Martna_vallavalitsus, lk 9
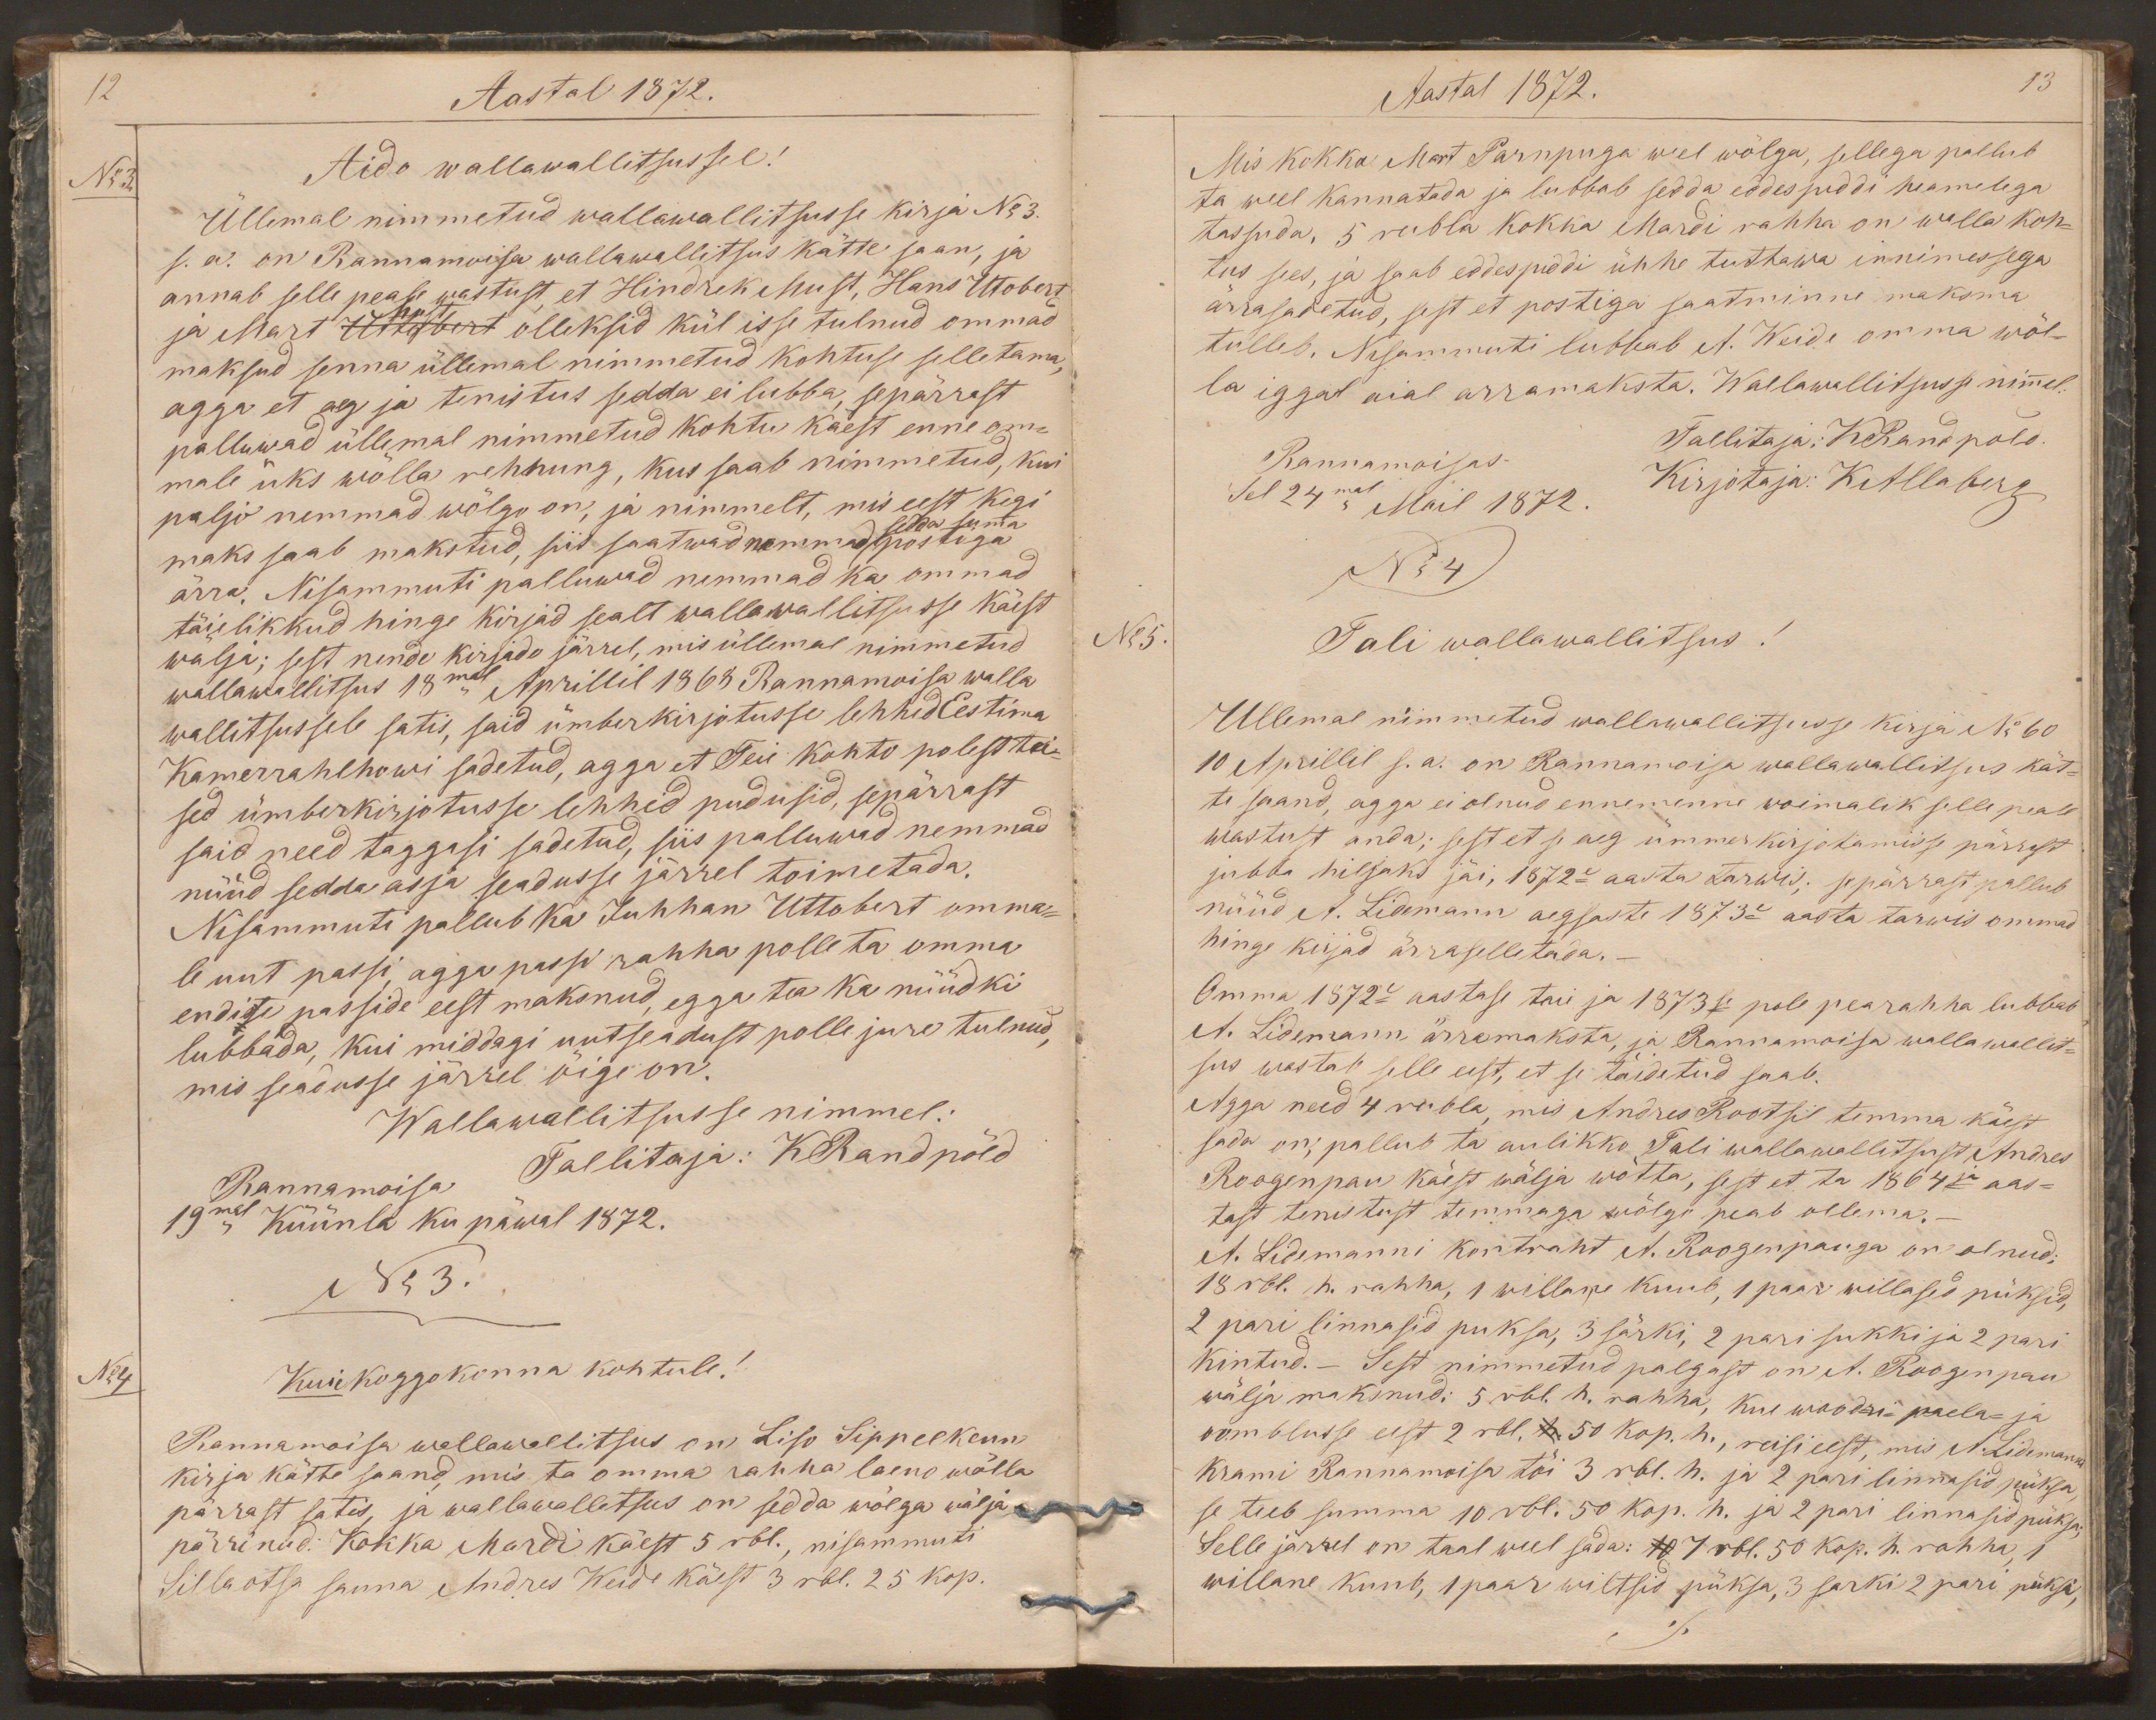
12
Aastal 1872.
No3.
Aido wallawallitsussel!
Üllemal nimmetud wallawallitsusse kirja No 3.
s.a. on Rannamoisa wallawallitsus kätte saan, ja
annab selle peale wastust, et Hindrek Must, Hans Utobert
Must
ja Mart Uttobert olleksid kül isse tulnud ommad
maksud senna üllemal nimmetud kohtuse selletama,
agga et aeg ja tenistus sedda ei lubba, sepärrast
palluwad üllemal nimmetud kohtu käest enne om-
male üks wõlla rehnung, kus saab nimmetud, kui
paljo nemmad wõlgo on, ja nimmelt, mis eest kegi
maks saab makstud, siis saatwad nemmad sedda summa postiga
ärra. Nisammuti palluwad nemmad ka ommad
täielikkud hinge kirjad sealt wallawallitsusse käest
wälja; sest nende kirjade järrel, mis üllemal nimmetud
wallawallitsus 18mal Aprillil 1868 Rannamoisa walla
wallitsussele satis, said ümberkirjutusse lehhedEestima
Kamerrahlhowi sadetud, agga et Teie kohto polest tei-
sed ümberkirjotusse lehhid pudusid, sepärrast
said need taggasi sadetud, siis palluwad nemmad
nüüd sedda asja seadusse järrel toimetada.
Nisammuti pallub ka Juhhan Uttobert omma-
le uut passi, agga passi rahha polle ta omma
endise passide eest maksnud, egga tea ka nüüdki
lubbada, kui middagi uutseadust polle jure tulnud,
mis seadusse järrel õige on.
Wallawallitsusse nimmel:
Rannamoisa
Tallitaja: KRandpõld
19mal Küünla ku päwal 1872.
No 3.
No 4
Kuie koggokonna kohtule!
Rannamoisa wallawallitsus on Liso Sippelkenn
kirja kätte saand, mis ta omma rahha laeno wõlla
pärrast satis, ja wallawallitsus on sedda wõlga wälja
pärrinud: Kokka Mardi käest 5 rbl., nisammuti
Silla otsa sauna Andres Weide käest 3 rbl. 25 kop.

Aastal 1872.
13
Mis Kokka Mart Parnpuga weel wõlga, sellega pallub
ta weel kannatada ja lubbab sedda eddespiddi heamelega
tassuda, 5 rubla Kokka Mardi rahha on walla koh-
tus sees, ja saab eddespiddi ühhe tuttawa innimessega
ärrasadetud, sest et postiga saatminne maksma
tulleb. Nisammuti lubbab A. Weide omma wõl-
la iggal aial arramaksta. Wallawallitsusse nimmel:
Rannamoisas
Tallitaja: KRandpold.
Sel 24mal Mail 1872.
Kirjotaja: KAllaberg
No 4
No 5.
Tali wallawallitsus!
Ullemal nimmetud wallawallitsusse kirja No 60
10 Aprillil s. a. on Rannamoisa wallawallitsus kät-
te saand, agga ei olnud ennemenne woimalik selle peale
wastust anda; sest et se aeg ümmerkirjotamisse pärrast
jubba hiljaks jäi, 1872e aasta tarwis; sepärrast pallub
nüüd A. Lidemann aegsaste 1873e aasta tarwis ommad
hinge kirjad ärraselletada.
Omma 1872e aastase taie ja 1873se pole pearahha lubbab
A. Lidemann ärramaksta, ja Rannamoisa wallawallit-
sus wastab selle eest, et se taidetud saab.
Agga need 4 rubla, mis Andres Rootsil temma käest
sada on, pallub ta aulikko Tali wallawallitsust Andres
Roogenpau käest wälja wõtta, sest et ta 1864ja aas-
tast tenistust temmaga wõlgo peab ollema.-
A. Lidemanni kontraht A. Roogenpauga on olnud:
18 rbl. h. rahha, 1 willane kuub, 1 paar willased püksid,
2 pari linnasid puksa, 3 särki, 2 pari sukki ja 2 pari
kintud. - Sest nimmetud palgast on A. Roogenpau
wälja maksnud: 5 rbl. h. rahha, kue woodri-paela- ja
oomblusse eest 2 rbl. h. 50 kop. h., reisi eest, mis A. Lidemanni
krami Rannamoisa tõi 3 rbl. h. ja 2 pari linnasid püksa
se teeb summa 10 rbl. 50 kop. h. ja 2 pari linnasid püksa
Selle järrel on taal weel sada: 10 7 rbl. 50 kop. h. rahha, 1
willane kuub, 1 paar wiltsid püksa, 3 sarki, 2 pari püksa,